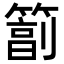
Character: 𥲮